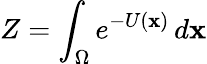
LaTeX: Z=\int_{\Omega}e^{-U(\mathbf{x})}\, d\mathbf{x}